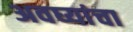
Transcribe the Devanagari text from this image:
अवघ्यांचा